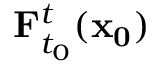
\mathbf { F } _ { t _ { 0 } } ^ { t } ( \mathbf { x _ { 0 } } )